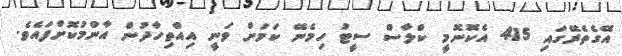
އޭގެތެރޭގައި 415 އެކޮނޮމީ ކްލާސް ސީޓު ހިމެނޭ ކަމަށް ވަނީ އިއްތިހާދުން އާންމުކޮށްފައެވެ.